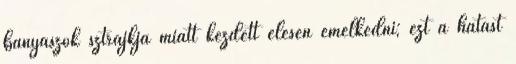
bányászok sztrájkja miatt kezdett élesen emelkedni; ezt a hatást